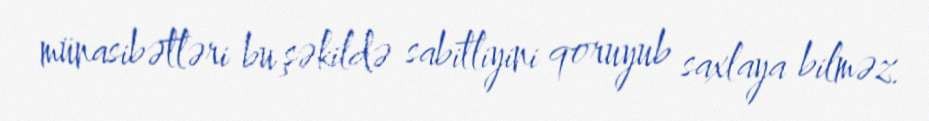
münasibətləri bu şəkildə sabitliyini qoruyub saxlaya bilməz.